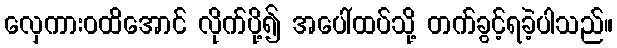
လှေကားဝထိအောင် လိုက်ပို့၍ အပေါ်ထပ်သို့ တက်ခွင့်ရခဲ့ပါသည်။